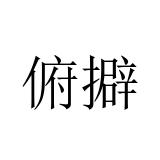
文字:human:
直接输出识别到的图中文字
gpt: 俯擗